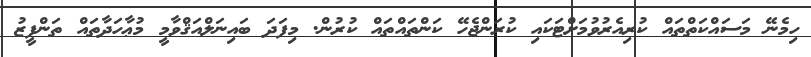
ހިމެނޭ މަސައްކަތްތައް ކުރިއެރުވުމަށްޓަކައި ކުރަންޖެހޭ ކަންތައްތައް ކުރުން. މިފަދަ ބައިނަލްއަޤްވާމީ މުޢާހަދާތައް ތަންފީޒު